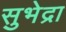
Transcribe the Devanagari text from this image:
सुभेद्रा